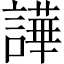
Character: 譁